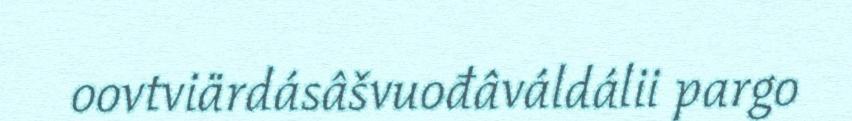
oovtviärdásâšvuođâváldálii pargo